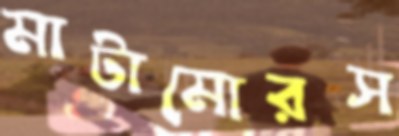
মাটামোরস